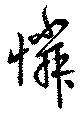
憐